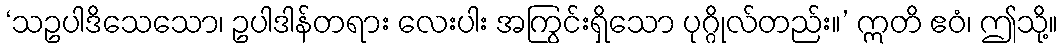
‘သဥပါဒိသေသော၊ ဥပါဒါန်တရား လေးပါး အကြွင်းရှိသော ပုဂ္ဂိုလ်တည်း။’ ဣတိ ဧဝံ၊ ဤသို့။